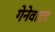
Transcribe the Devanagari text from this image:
गेनेवाइव